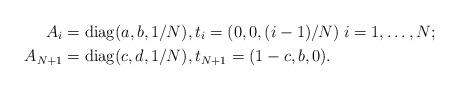
LaTeX: \begin{align*}A_i &= \mathrm{diag}(a,b,1/N), t_i=(0,0,(i-1)/N) \; i=1,\ldots,N; \\A_{N+1} &= \mathrm{diag}(c,d,1/N), t_{N+1}=(1-c,b,0).\end{align*}